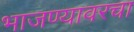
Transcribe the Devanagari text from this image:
भाजण्यावरचा